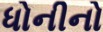
ધોનીનો